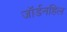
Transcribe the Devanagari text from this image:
जॉर्डनहिल